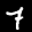
Label: 7